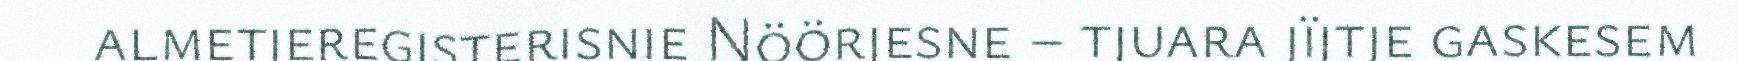
almetjeregisterisnie Nöörjesne – tjuara jïjtje gaskesem